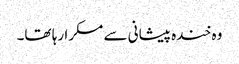
وہ خندہ پیشانی سے مسکرا رہا تھا۔